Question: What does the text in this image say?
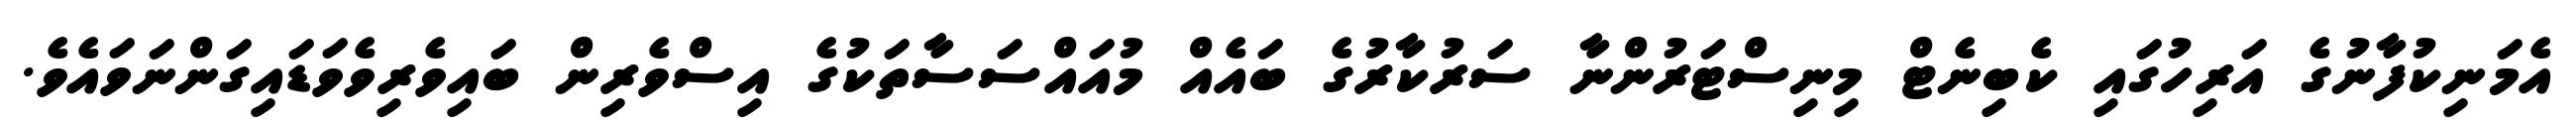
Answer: އެމަނިކުފާނުގެ އަރިހުގައި ކެބިނެޓް މިނިސްޓަރުންނާ ސަރުކާރުގެ ބައެއް މުއައްސަސާތަކުގެ އިސްވެރިން ބައިވެރިވެވަޑައިގަންނަވައެވެ.